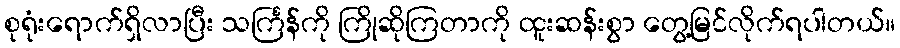
စုရုံးရောက်ရှိလာပြီး သင်္ကြန်ကို ကြိုဆိုကြတာကို ထူးဆန်းစွာ တွေ့မြင်လိုက်ရပါတယ်။